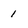
Character: 1